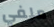
ملفي